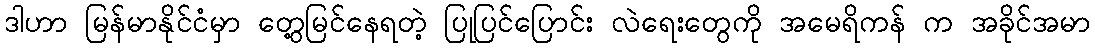
ဒါဟာ မြန်မာနိုင်ငံမှာ တွေ့မြင်နေရတဲ့ ပြုပြင်ပြောင်း လဲရေးတွေကို အမေရိကန် က အခိုင်အမာ